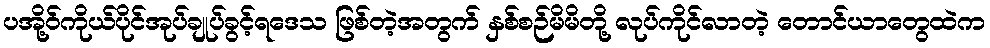
ပအို့ဝ်ကိုယ်ပိုင်အုပ်ချုပ်ခွင့်ရဒေသ ဖြစ်တဲ့အတွက် နှစ်စဉ်မိမိတို့ လုပ်ကိုင်လာတဲ့ တောင်ယာတွေထဲက